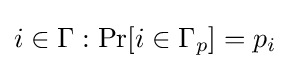
i\in \Gamma :\Pr[i\in \Gamma _{p}]=p_{i}